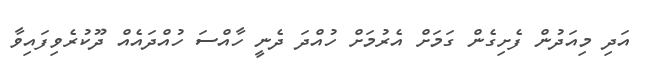
އަދި މިއަދުން ފެށިގެން ގަމަށް އެރުމަށް ހުއްދަ ދެނީ ހާއްސަ ހުއްދައެއް ދޫކުރެވިފައިވާ